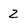
Character: 2